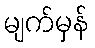
မျက်မှန်